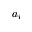
a _ { i }